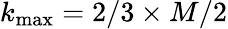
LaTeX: k_{\mathrm{max}}=2/3\times M/2